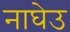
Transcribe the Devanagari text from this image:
नाघेउ